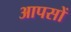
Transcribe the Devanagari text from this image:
आपसों